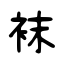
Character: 袜